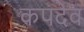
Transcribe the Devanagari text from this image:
कपदेव